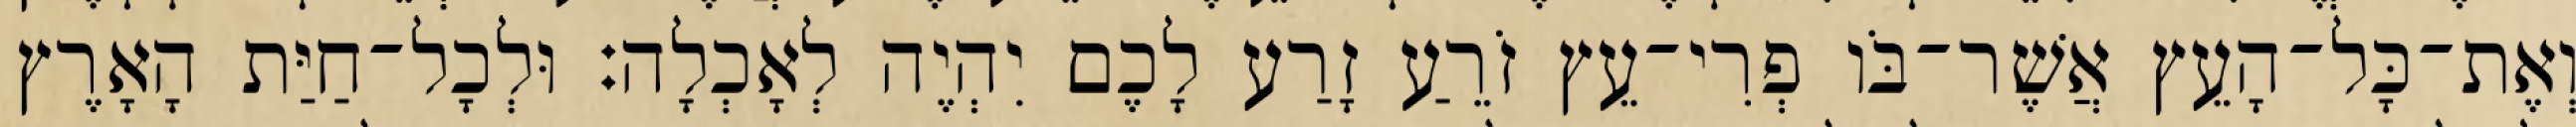
וְאֶת־כָּל־הָעֵץ אֲשֶׁר־בֹּו פְרִי־עֵץ זֹרֵעַ זָרַע לָכֶם יִהְיֶה לְאָכְלָה׃ וּלְכָל־חַיַּת הָאָרֶץ